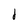
Character: j